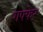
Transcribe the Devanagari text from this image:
गफ्फेर